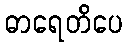
ဓာရေတိပေ